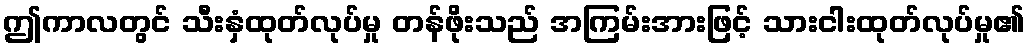
ဤကာလတွင် သီးနှံထုတ်လုပ်မှု တန်ဖိုးသည် အကြမ်းအားဖြင့် သားငါးထုတ်လုပ်မှု၏